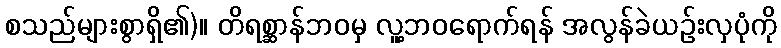
စသည်များစွာရှိ၏)။ တိရစ္ဆာန်ဘဝမှ လူ့ဘဝရောက်ရန် အလွန်ခဲယဉ်းလှပုံကို